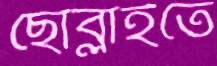
ছোব্‌লাইতে